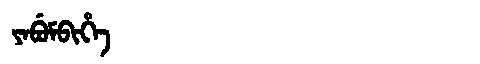
Manchu: ᠶᠠᠪᡠᠮᠪᡳᡥᡝ
Romanization: YABUMBIHE